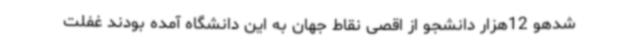
شدهو 12هزار دانشجو از اقصی نقاط جهان به این دانشگاه آمده بودند غفلت